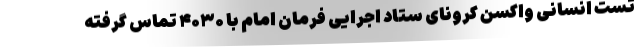
تست انسانی واکسن کرونای ستاد اجرایی فرمان امام با ۴۰۳۰ تماس گرفته